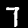
Digit: 7